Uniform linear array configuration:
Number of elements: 16
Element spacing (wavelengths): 0.5
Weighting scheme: kaiser
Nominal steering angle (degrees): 60
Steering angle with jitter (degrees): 59.41
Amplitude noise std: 0.05
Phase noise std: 0.05

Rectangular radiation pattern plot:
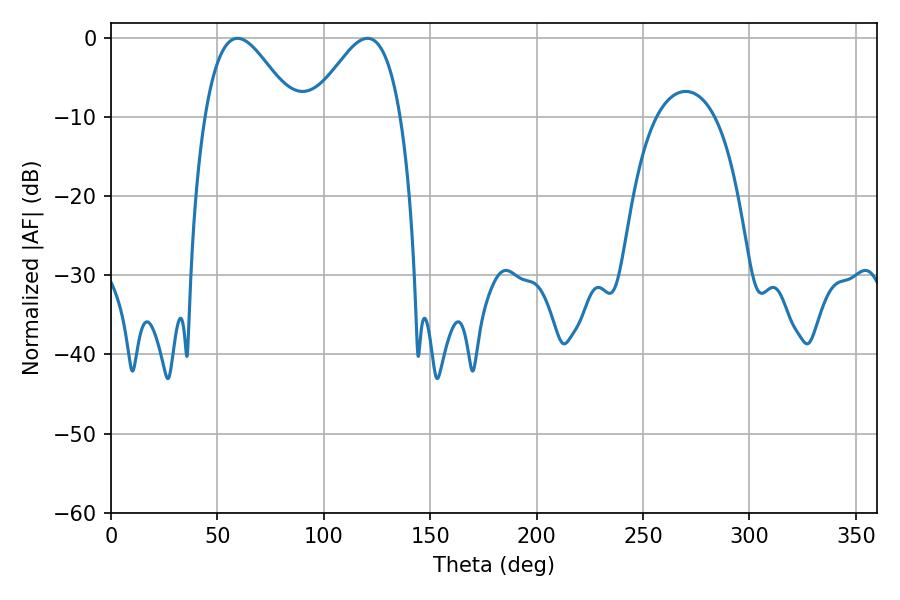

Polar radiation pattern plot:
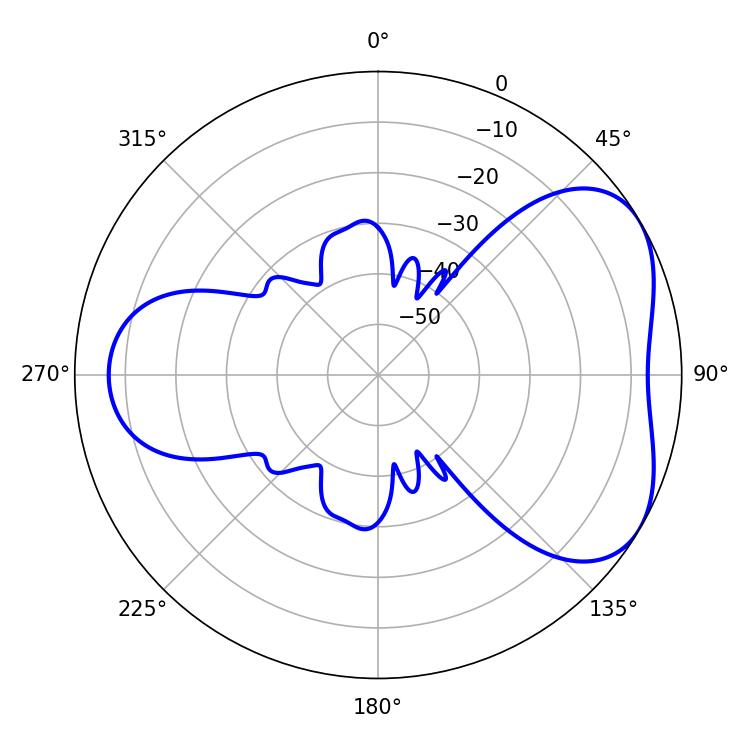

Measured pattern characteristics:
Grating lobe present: FALSE
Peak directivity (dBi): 4.701
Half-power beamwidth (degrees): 22.5
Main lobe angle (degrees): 59.4